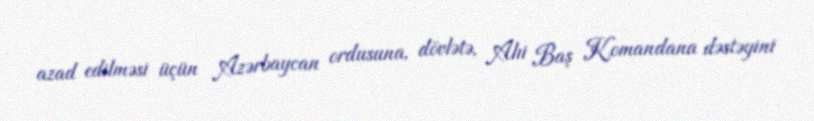
azad edilməsi üçün Azərbaycan ordusuna, dövlətə, Alıi Baş Komandana dəstəyini